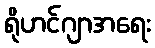
ရိုဟင်ဂျာအရေး